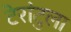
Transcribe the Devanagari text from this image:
टेरांटुला